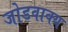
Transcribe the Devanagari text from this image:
जोडवाक्य